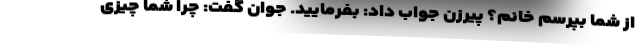
از شما بپرسم خانم؟ پیرزن جواب داد: بفرمایید. جوان گفت: چرا شما چیزی